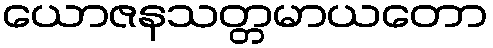
ယောဇနသတ္တမာယတော